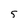
Character: 5